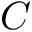
C